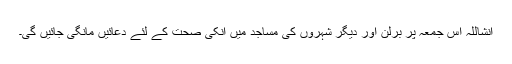
انشاللہ اس جمعہ پر برلن اور دیگر شہروں کی مساجد میں انکی صحت کے لئے دعائیں مانگی جائیں گی۔